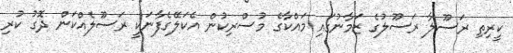
ކީރިތި ރަސޫލާ ރަސޫލުގެ ޒަމާނުގައި މައްކާގެ މުސްރިކުން އެކަލޭގެފާނަކީ ރަސޫލެއްކަން ދޮގު ކުރި